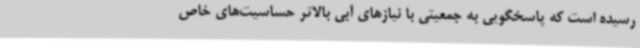
رسیده است که پاسخگویی به جمعیتی با نیازهای آبی بالاتر حساسیت‌های خاص